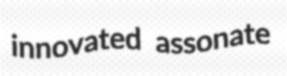
innovated assonate